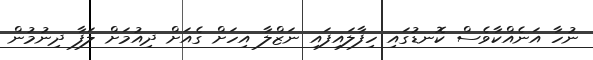
ނުހާ އަނެއްކާވެސް ކޮނޑުގައި ހިފާލައިފައި ނަޒްލާ އިހަށް ގެއަށް ދިއުމަށް ލަފާ ދިނުމުން